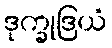
ဒုက္ခုဒြယံ